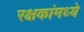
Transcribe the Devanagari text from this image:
रक्षकांमध्ये